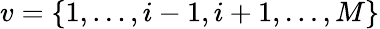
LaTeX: v=\{ 1,\dotsc,i-1,i+1,\dotsc,M\}